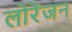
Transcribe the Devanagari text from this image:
लोरेंजन